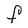
Character: F